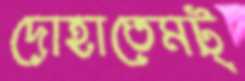
দোহাতেমট্